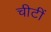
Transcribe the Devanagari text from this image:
चीटीं